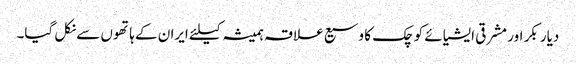
دیار بکر اور مشرقی ایشیائے کوچک کا وسیع علاقہ ہمیشہ کیلئے ایران کے ہاتھوں سے نکل گیا۔